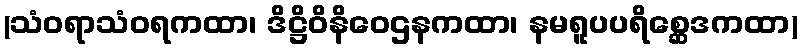
(သံဝရာသံဝရကထာ၊ ဒိဋ္ဌိဝိနိဝေဌနကထာ၊ နမရူပပရိစ္ဆေဒကထာ)